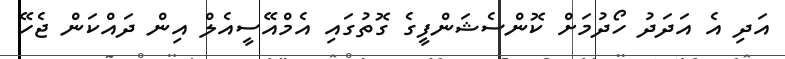
އަދި އެ އަދަދު ހޯދުމަށް ކޮންސެޝަންފީގެ ގޮތުގައި އެމްއޭސީއެލް އިން ދައްކަން ޖެހޭ